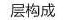
层构成